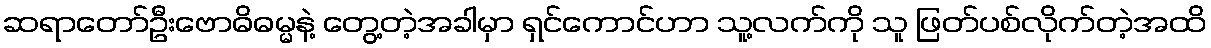
ဆရာတော်ဦးဗောဓိဓမ္မနဲ့ တွေ့တဲ့အခါမှာ ရှင်ကောင်ဟာ သူ့လက်ကို သူ ဖြတ်ပစ်လိုက်တဲ့အထိ